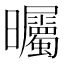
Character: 曯